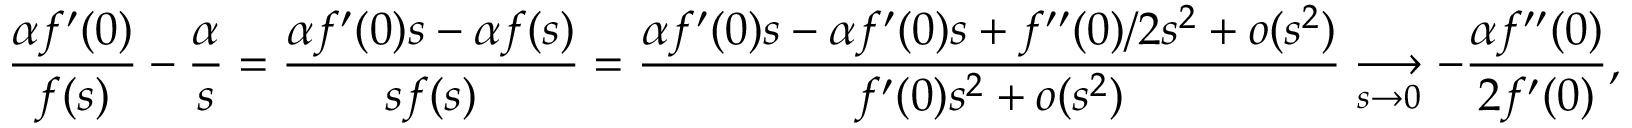
\frac { \alpha f ^ { \prime } ( 0 ) } { f ( s ) } - \frac { \alpha } { s } = \frac { \alpha f ^ { \prime } ( 0 ) s - \alpha f ( s ) } { s f ( s ) } = \frac { \alpha f ^ { \prime } ( 0 ) s - \alpha f ^ { \prime } ( 0 ) s + f ^ { \prime \prime } ( 0 ) / 2 s ^ { 2 } + o ( s ^ { 2 } ) } { f ^ { \prime } ( 0 ) s ^ { 2 } + o ( s ^ { 2 } ) } \underset { s \to 0 } \longrightarrow - \frac { \alpha f ^ { \prime \prime } ( 0 ) } { 2 f ^ { \prime } ( 0 ) } ,